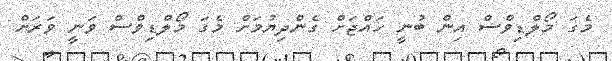
މެގަ މޯލްޑިވްސް އިން ބުނީ ހައްޖަށް ގެންދިޔުމަށް މެގަ މޯލްޑިވްސް ވަނީ ވަރަށް